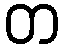
တ